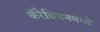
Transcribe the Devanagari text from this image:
कॅरेबियनमध्ये